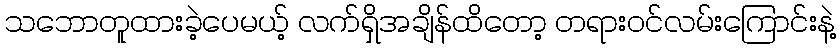
သဘောတူထားခဲ့ပေမယ့် လက်ရှိအချိန်ထိတော့ တရားဝင်လမ်းကြောင်းနဲ့